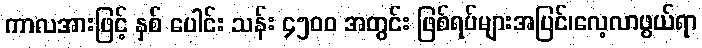
ကာလအားဖြင့် နှစ် ပေါင်း သန်း ၄၅၀၀ အတွင်း ဖြစ်ရပ်များအပြင်၊လေ့လာဖွယ်ရာ